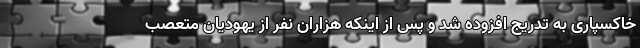
خاکسپاری به تدریج افزوده شد و پس از اینکه هزاران نفر از یهودیان متعصب